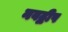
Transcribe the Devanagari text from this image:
नवद्बीप